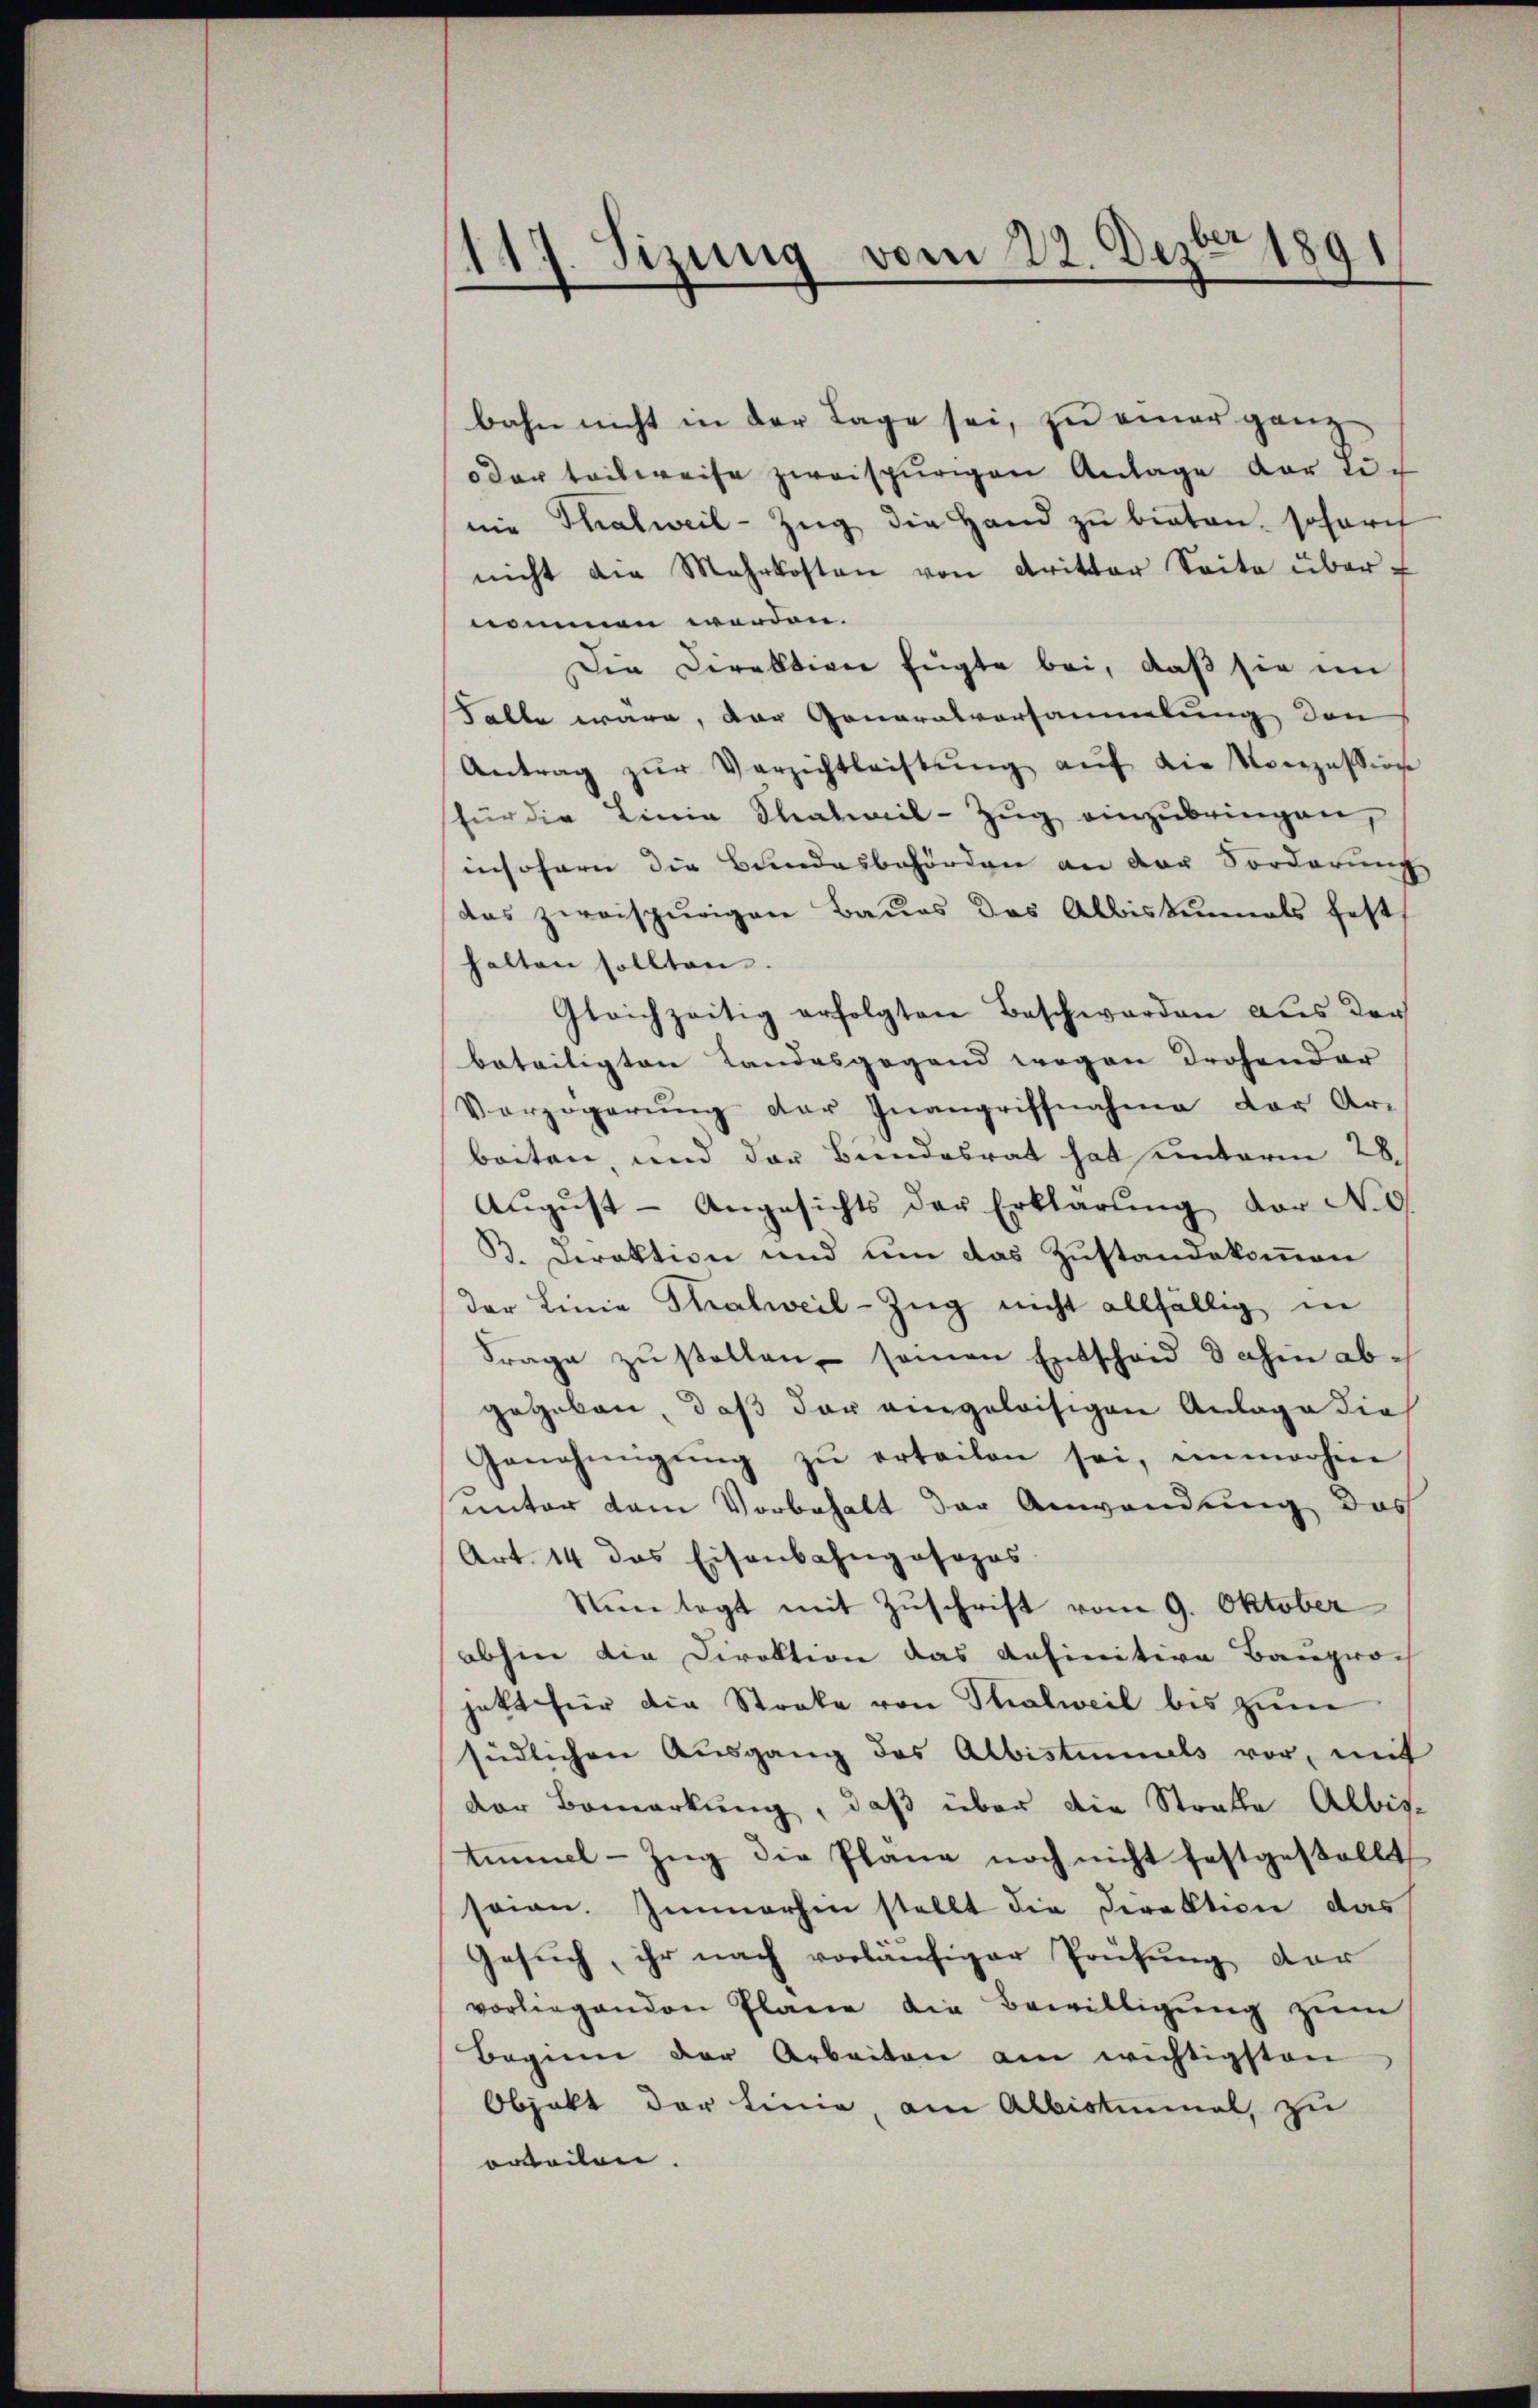
117. Sizung vom 22. Dezbr 1891

bahn nicht in der Lage sei, zu einer ganz
oder teilweise zweispurigen Anlage der Lich
nie Thalweil-Zŭg die Hand zu bieten, sofort
nicht die Mehrkosten von dritter Seite über-
nommen werden.
Die Direktion fügte bei, daß sie im
Falte wäre, der Generalvorsammlung den
Antrag zŭr Verzichtleistŭng aŭf die Konzession
für die Linie Thalwil-Zŭg einzubringen,
insofern die Bundesbehörden an der Sorderung
das zweispurigen Baues das Albistunnels fest
halten sollten.
Gleichzeitig erfolgten Beschwerden aus der
beteiligten Landesgegend wegen drohender
Verzögerung der Inangriffnahme der Ar-
beiten, und der Bundesrat hat unterm 28.
Aŭgŭst - Angesichts der Erklärŭng der No. 5.
B. Direktion und um das Zustandekommen
der Linie Thalweil-Zŭg nicht allfällig in
Frage zŭ stellen, seien Entscheid dahin abgegeben, daß der angeleisigen Anlage die
Genehmigŭng zŭ erteilen sei, immerhin
unter dem Vorbehalt der Anwendung des
Art. 14 das Eisenbahngosopos.
Nun legt mit Zuschrift vom 9. Oktober
abhin die Direktion das definitive Bauproch
jetzt für die Streke von Thalweil bis zum
südlichen Ausgang des Albistimmels vor, mit
der Bemerkung, daß über die Strafe Albis-
timmel-Zŭg die Plane noch nicht festgestellt
seien. Immerhin stellt die Direktion das
Gesuch, ihr nach vorläufiger Prüfung der
vorliegenden Plane die Bewilligŭng zŭm
Beginn der Arbeiten am wichtigsten
Objekt der Linie, am Albistimmel, zu
orteilen.